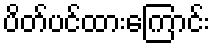
ပိတ်ပင်ထားကြောင်း